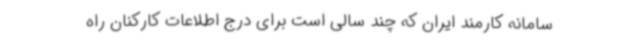
سامانه کارمند ایران که چند سالی است برای درج اطلاعات کارکنان راه‌